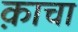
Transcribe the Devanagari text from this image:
क़ाचा